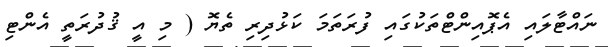
ނައްޓާލައި އެޕޮއިންޓްތަކުގައި ފުރަތަމަ ކަޅުދިރި ތެޔޮ ( މި އީ ޤުދުރަތީ އެންޓި